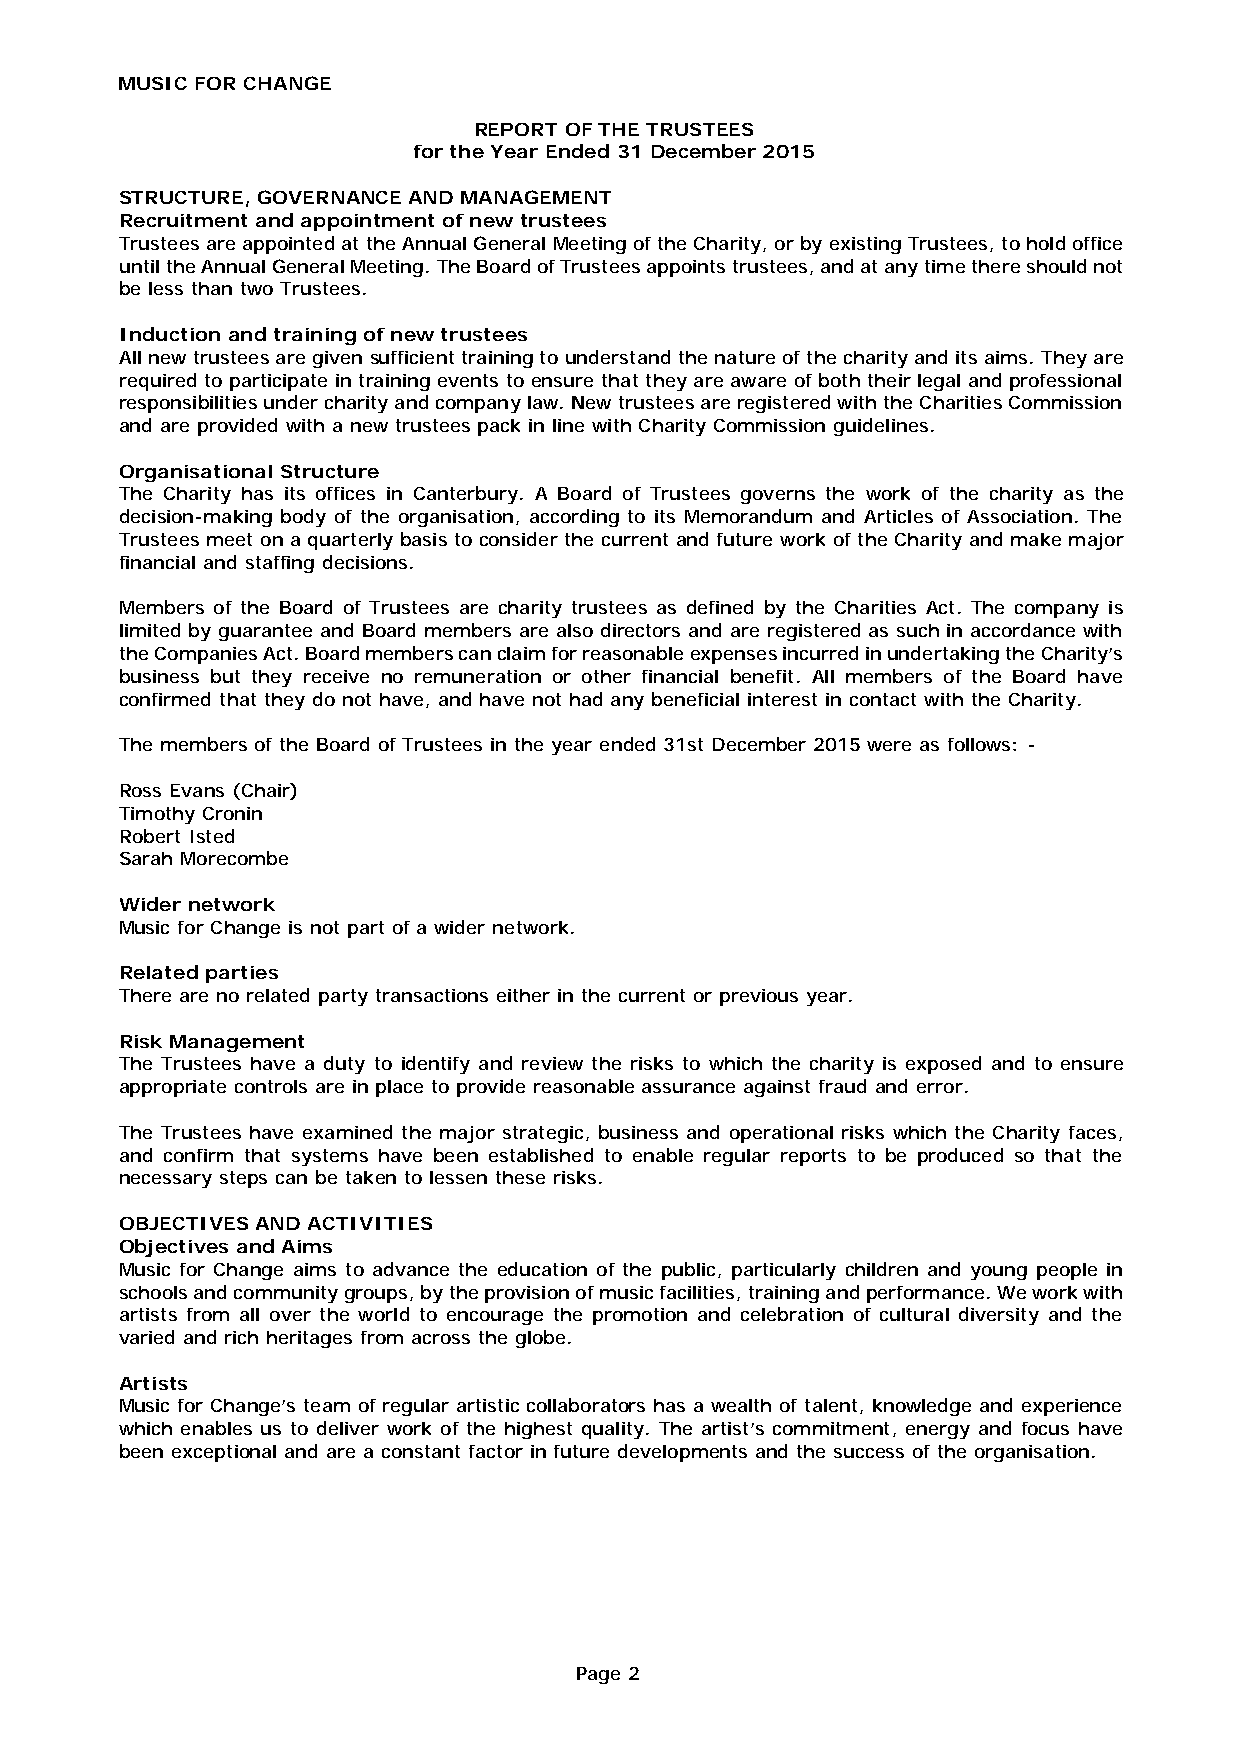
MUSIC FOR CHANGE
 REPORT OF THE TRUSTEES
 for the Year Ended 31 December 2015
 STRUCTURE, GOVERNANCE AND MANAGEMENT
 Recruitment and appointment of new trustees
 Trustees are appointed at the Annual General Meeting of the Charity, or by existing Trustees, to hold office
 until the Annual General Meeting. The Board of Trustees appoints trustees, and at any time there should not
 be less than two Trustees.
 Induction and training of new trustees
 All new trustees are given sufficient training to understand the nature of the charity and its aims. They are
 required to participate in training events to ensure that they are aware of both their legal and professional
 responsibilities under charity and company law. New trustees are registered with the Charities Commission
 and are provided with a new trustees pack in line with Charity Commission guidelines.
 Organisational Structure
 The Charity has its offices in Canterbury. A Board of Trustees governs the work of the charity as the
 decision-making body of the organisation, according to its Memorandum and Articles of Association. The
 Trustees meet on a quarterly basis to consider the current and future work of the Charity and make major
 financial and staffing decisions.
 Members of the Board of Trustees are charity trustees as defined by the Charities Act. The company is
 limited by guarantee and Board members are also directors and are registered as such in accordance with
 the Companies Act. Board members can claim for reasonable expenses incurred in undertaking the Charity’s
 business but they receive no remuneration or other financial benefit. All members of the Board have
 confirmed that they do not have, and have not had any beneficial interest in contact with the Charity.
 The members of the Board of Trustees in the year ended 31st December 2015 were as follows: -
 Ross Evans (Chair)
 Timothy Cronin
 Robert Isted
 Sarah Morecombe
 Wider network
 Music for Change is not part of a wider network.
 Related parties
 There are no related party transactions either in the current or previous year.
 Risk Management
 The Trustees have a duty to identify and review the risks to which the charity is exposed and to ensure
 appropriate controls are in place to provide reasonable assurance against fraud and error.
 The Trustees have examined the major strategic, business and operational risks which the Charity faces,
 and confirm that systems have been established to enable regular reports to be produced so that the
 necessary steps can be taken to lessen these risks.
 OBJECTIVES AND ACTIVITIES
 Objectives and Aims
 Music for Change aims to advance the education of the public, particularly children and young people in
 schools and community groups, by the provision of music facilities, training and performance. We work with
 artists from all over the world to encourage the promotion and celebration of cultural diversity and the
 varied and rich heritages from across the globe.
 Artists
 Music for Change’s team of regular artistic collaborators has a wealth of talent, knowledge and experience
 which enables us to deliver work of the highest quality. The artist’s commitment, energy and focus have
 been exceptional and are a constant factor in future developments and the success of the organisation.
 Page 2